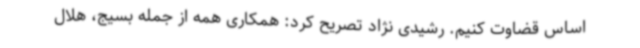
اساس قضاوت کنیم. رشیدی نژاد تصریح کرد: همکاری همه از جمله بسیج، هلال